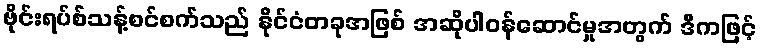
ဗိုင်းရပ်စ်သန့်စင်စက်သည် နိုင်ငံတခုအဖြစ် အဆိုပါဝန်ဆောင်မှုအတွက် ဒီကဖြင့်